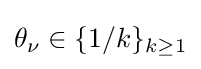
\theta _{\nu }\in \{1/k\}_{k\geq 1}